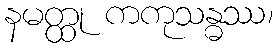
နမတ္ထု ကကုသန္ဓဿ၊